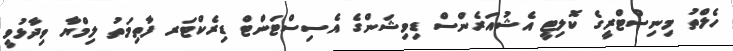
ހެލްތު މިނިސްޓްރީގެ ކޮލިޓީ އެޝުއަރެންސް ޑިވިޝަންގެ އެސިސްޓަންޓް ޑިރެކްޓަރ ފާތިމަތު ލިމްޔާ ވިދާޅުވީ